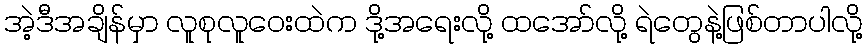
အဲ့ဒီအချိန်မှာ လူစုလူဝေးထဲက ဒို့အရေးလို့ ထအော်လို့ ရဲတွေနဲ့ဖြစ်တာပါလို့